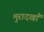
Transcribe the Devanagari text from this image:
मुरादखाँ